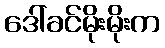
ဒေါ်ခင်မိုးမိုးက